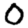
Digit: 0